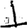
Digit: 1